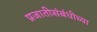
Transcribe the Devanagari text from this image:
प्रजातीसंबंधीच्या